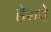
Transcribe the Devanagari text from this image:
हेरावे